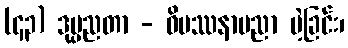
(၄၃) ဒုပ္ပညတာ - ဝိပဿနာပညာ မဲ့ခြင်း၊